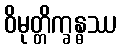
ဝိမုတ္တိက္ခန္ဓဿ